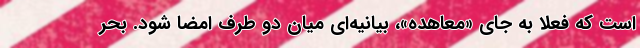
است که فعلاً به جای «معاهده»، بیانیه‌ای میان دو طرف امضا شود. بحر